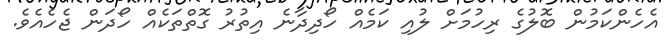
އެހެންކަމުން ބޮލުގެ ރިހުމަށް ލުއި ކަމެއް ހޯދިދާނެ އިތުރު ގޮތްތަކެއް ހޯދަން ޖެހެއެވެ.